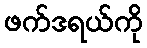
ဖက်ဒရယ်ကို